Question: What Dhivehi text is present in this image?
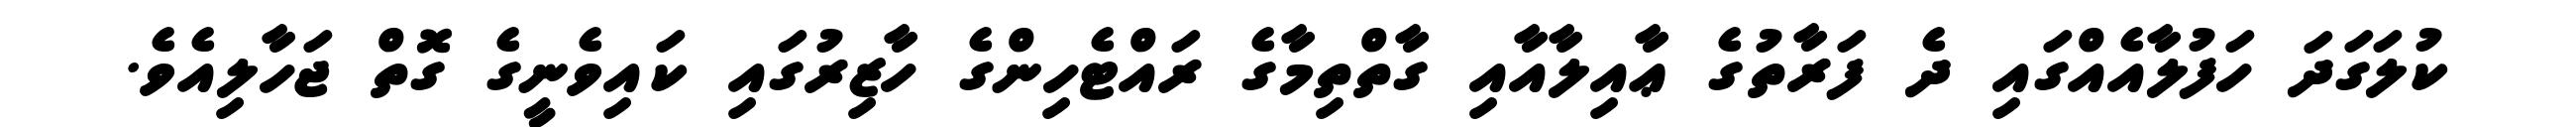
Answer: ކުލަގަދަ ހަފުލާއެއްގައި ދެ ފަރާތުގެ ޢާއިލާއާއި ގާތްތިމާގެ ރައްޓެހިންގެ ހާޒިރުގައި ކައިވެނީގެ ގޮތް ޖަހާލިއެވެ.